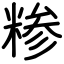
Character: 糁